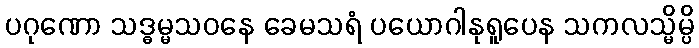
ပဂုဏော သဒ္ဓမ္မသဝနေ ခေမသရံ ပယောဂါနုရူပေန သကလသ္မိမ္ပိ